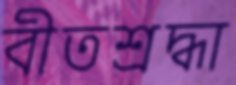
বীতশ্রদ্ধা